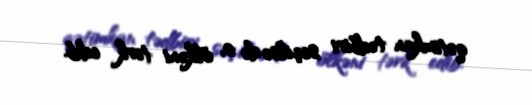
qətimkan tədbiri seçilsə də o, ölkəni tərk edib.